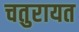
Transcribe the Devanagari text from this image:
चतुरायत